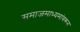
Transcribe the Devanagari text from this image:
समाजमाध्यमांवरून